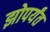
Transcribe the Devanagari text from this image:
झोपर्यंत